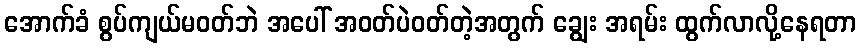
အောက်ခံ စွပ်ကျယ်မဝတ်ဘဲ အပေါ် အဝတ်ပဲဝတ်တဲ့အတွက် ချွေး အရမ်း ထွက်လာလို့နေရတာ